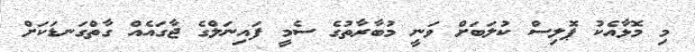
މި މޮޅާއެކު ޕޮލިސް ކުލަބަށް ވަނީ މުބާރާތުގެ ސެމީ ފައިނަލްގެ ޖާގައެއް ގާތްގަނޑަކަށް